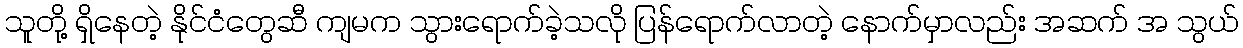
သူတို့ ရှိနေတဲ့ နိုင်ငံတွေဆီ ကျမက သွားရောက်ခဲ့သလို ပြန်ရောက်လာတဲ့ နောက်မှာလည်း အဆက် အ သွယ်